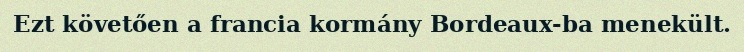
Ezt követően a francia kormány Bordeaux-ba menekült.